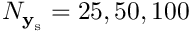
N _ { \mathbf { y } _ { \mathrm { s } } } = 2 5 , 5 0 , 1 0 0